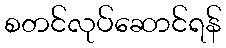
စတင်လုပ်ဆောင်ရန်